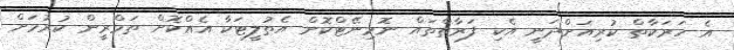
އެ ހަރަކާތް ކުރިއަށްދަނީ އެކި ފަރާތްތައް ނޮމިނޭޓްކޮށް އެތުލީޓަކާ އެއްކޮށް ތަމްރީން ކުރުމަށް